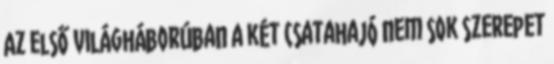
Az első világháborúban a két csatahajó nem sok szerepet